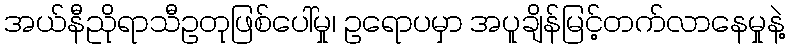
အယ်နီညိုရာသီဥတုဖြစ်ပေါ်မှု၊ ဥရောပမှာ အပူချိန်မြင့်တက်လာနေမှုနဲ့